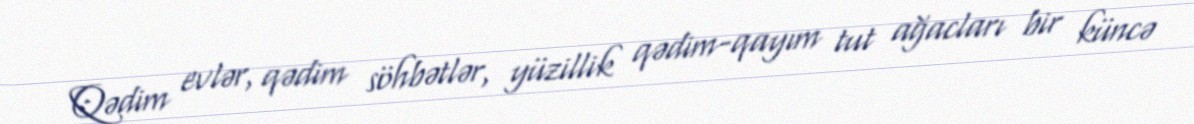
Qədim evlər, qədim söhbətlər, yüzillik qədim-qayım tut ağacları bir küncə